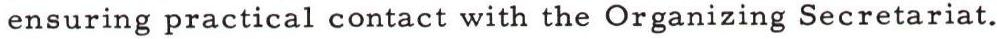
ensuring practical contact with the Organizing Secretariat.